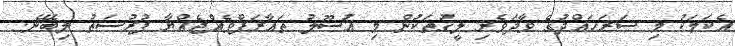
އެކަމަކު މި ސަރަހައްދުގެ ވާދަވެރި ލީގުތަކުން މި އުސޫލު ތައާރަފްވެއްޖެއްޔާ ފުރުސަތު ލިބޭނެ.